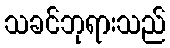
သခင်ဘုရားသည်